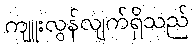
ကျူးလွန်လျက်ရှိသည်